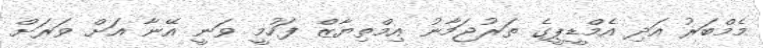
މެމްބަރު އަދި އެމްޑީޕީގެ ތަރުޖަމާނު އިމްތިޔާޒް ފަހުމީ ވަނީ އޭނާ އަށް ވަރަށް